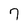
Character: 7